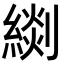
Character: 𦃖